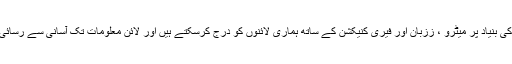
آپ اسٹیشن اور گھاٹ کی بنیاد پر میٹرو ، ززبان اور فیری کنیکشن کے ساتھ ہماری لائنوں کو درج کرسکتے ہیں اور لائن معلومات تک آسانی سے رسائی حاصل کرسکتے ہیں۔